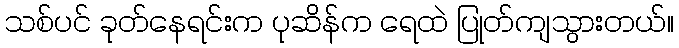
သစ်ပင် ခုတ်နေရင်းက ပုဆိန်က ရေထဲ ပြုတ်ကျသွားတယ်။